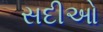
સદીઓ